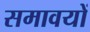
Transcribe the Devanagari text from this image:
समावयों